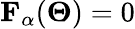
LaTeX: \mathbf{F}_{\alpha}(\boldsymbol{\Theta})=0